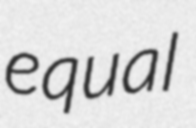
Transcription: equal